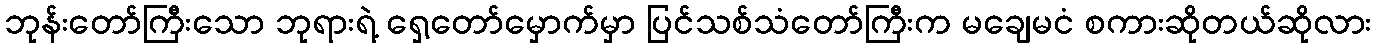
ဘုန်းတော်ကြီးသော ဘုရားရဲ့ ရှေ့တော်မှောက်မှာ ပြင်သစ်သံတော်ကြီးက မချေမငံ စကားဆိုတယ်ဆိုလား